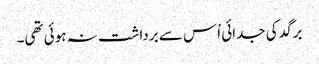
برگد کی جدائی اْس سے برداشت نہ ہوئی تھی۔